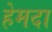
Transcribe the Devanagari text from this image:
हेमदा